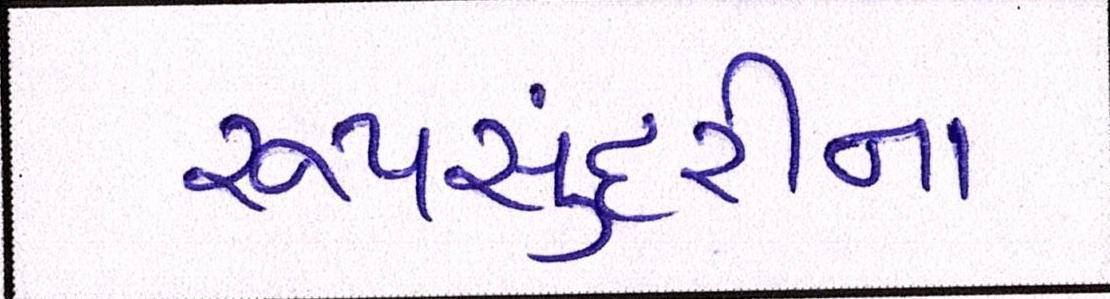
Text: રૂપસુંદરીના